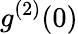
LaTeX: g^{(2)}(0)